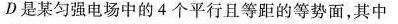
D是某匀强电场中的4个平行且等距的等势面，其中